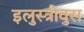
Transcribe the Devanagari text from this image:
इलुस्त्रीवुस